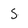
Character: S